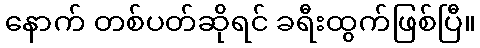
နောက် တစ်ပတ်ဆိုရင် ခရီးထွက်ဖြစ်ပြီ။